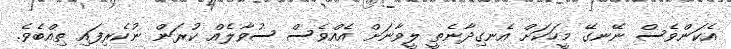
އެކަންވެސް ނޭނގޭ މީހަކަށް އެނގިދާނެތީ ލީވާނަށް އެއްވެސް ސުވާލެއް ކުރަން ނުކެރިފައި ތިއްބެވެ.